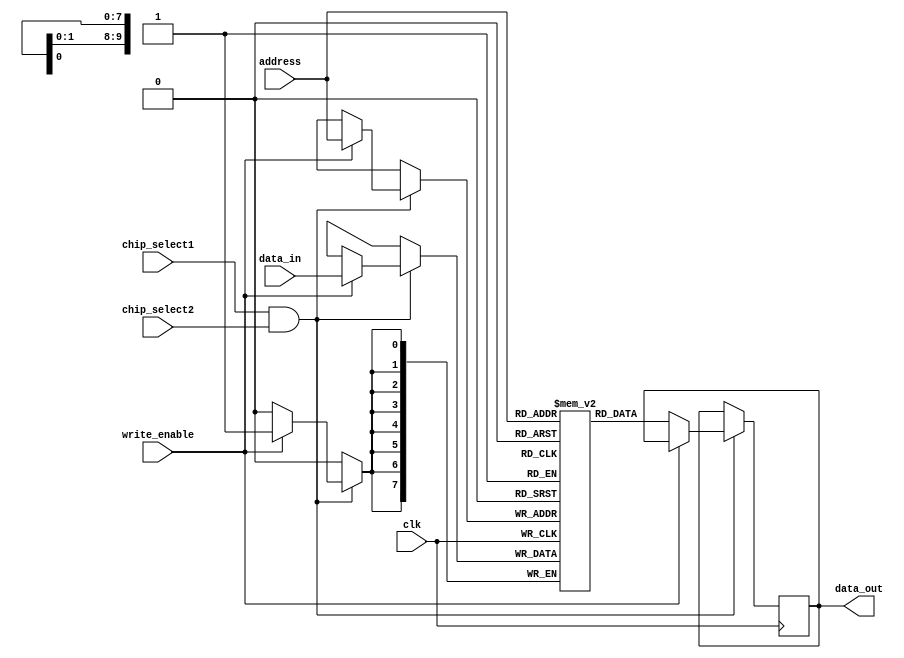
module ram1kb(input clk,write_enable,chip_select1,chip_select2,input [7:0]data_in,input [9:0] address,output reg[7:0] data_out);
  
  reg[7:0]mem_block[0:1023];
  
  always@(posedge clk)
    begin
      if(chip_select1 && chip_select2) begin
        if(write_enable) begin
          mem_block[address] <= data_in;
        end
        else begin
          data_out<=mem_block[address];
        end
      end
    end
endmodule